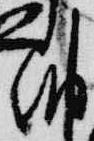
納